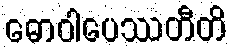
ဓောဝါပေဿတီတိ